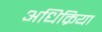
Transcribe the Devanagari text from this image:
अधिक्रिया